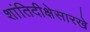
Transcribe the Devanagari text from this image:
शांतिदीक्षेसारखे